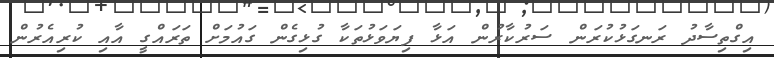
އިގްތިސާދު ރަނގަޅުކުރަން ސަރުކާރުން އަޅާ ފިޔަވަޅުތަކާ ގުޅިގެން ގައުމަށް ތަރައްގީ އާއި ކުރިއެރުން